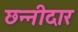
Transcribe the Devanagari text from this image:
छन्नीदार